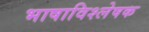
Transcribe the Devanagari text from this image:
भाषाविश्लेषक